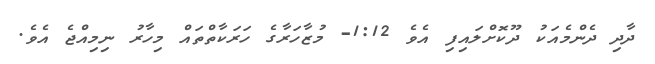
ދާދި ދެންމެއަކު ދޫކޮށްލައިފި އެވެ 1:12- މުޒާހަރާގެ ހަރަކާތްތައް މިހާރު ނިމިއްޖެ އެވެ.